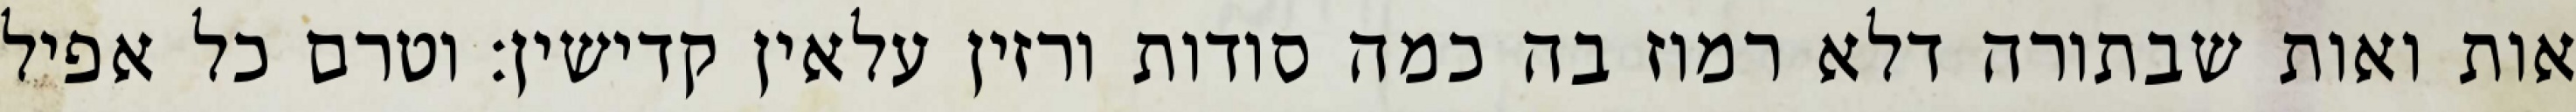
אות ואות שבתורה דלא רמוז בה כמה סודות ורזין עלאין קדישין: וטרם כל אפיל